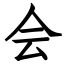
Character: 会